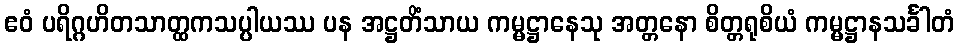
ဧဝံ ပရိဂ္ဂဟိတသာတ္ထကသပ္ပါယဿ ပန အဋ္ဌတိံသာယ ကမ္မဋ္ဌာနေသု အတ္တနော စိတ္တရုစိယံ ကမ္မဋ္ဌာနသင်္ခါတံ